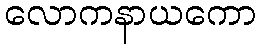
လောကနာယကော